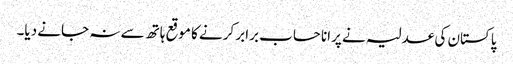
پاکستان کی عدلیہ نے پرانا حساب برابر کرنے کا موقع ہاتھ سے نہ جانے دیا۔